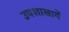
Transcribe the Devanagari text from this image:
उपशाखायें